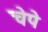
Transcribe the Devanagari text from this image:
चेपे